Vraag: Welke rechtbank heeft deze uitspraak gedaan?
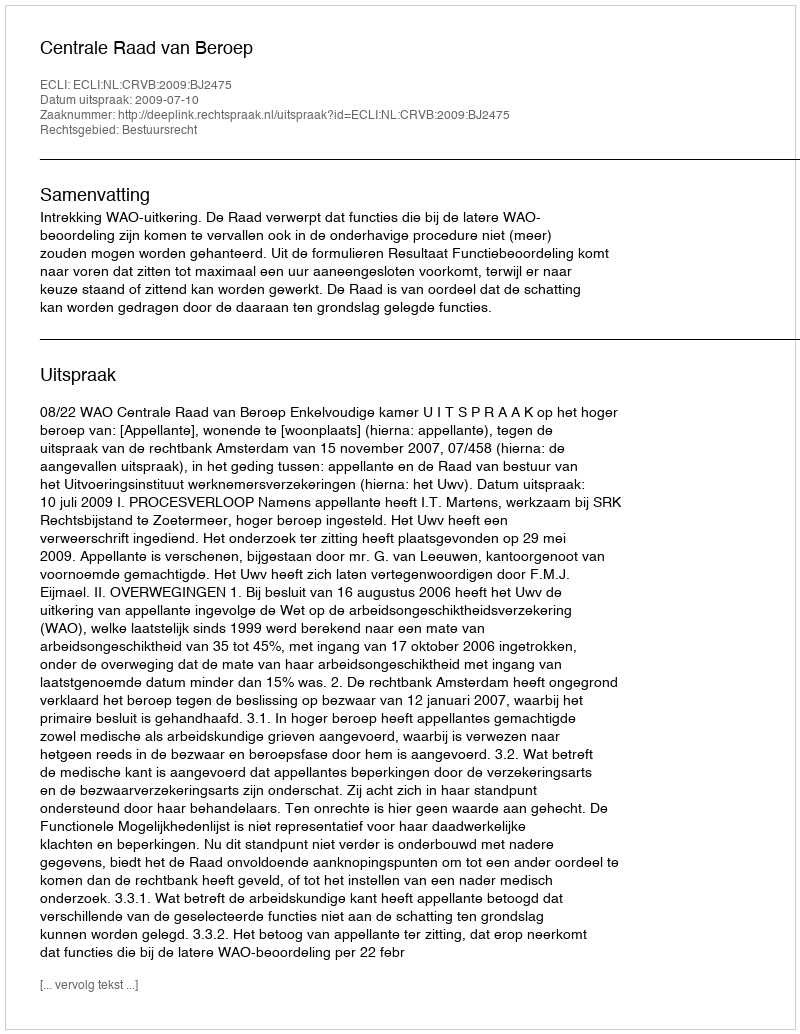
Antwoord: Centrale Raad van Beroep